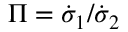
\Pi = { \dot { \sigma } _ { 1 } } / { \dot { \sigma } _ { 2 } }